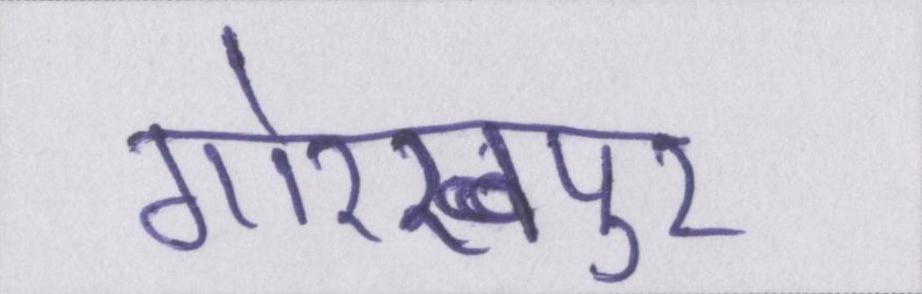
गोरखपुर